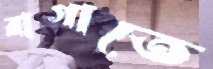
রাগাতে